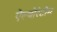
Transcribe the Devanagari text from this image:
ऐल्बोरेटोम